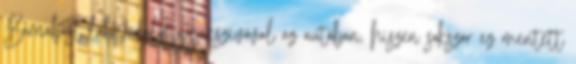
Barnabást lábpedálos nyákszívóval az autóban, hiszen sokszor ez mentett